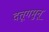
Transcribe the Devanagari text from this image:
दत्तूगमुनू